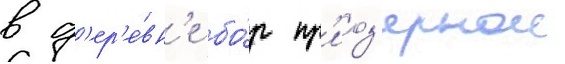
в д'ер'е́вн'е бо́р пр'иоз'ернои